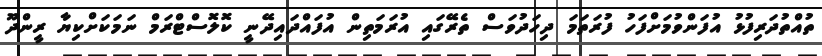
ތުއްތުދަރިފުޅު އުފަންވުމަށްފަހު ފުރަތަމަ ދިހަދުވަސް ތެރޭގައި އުރަމަތިން އުފައްދައިދޭނީ ކޮލޮސްޓްރަމް ނަމަކަށްކިޔާ ރީންދޫ